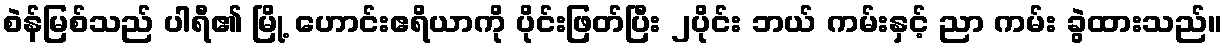
စဲန်မြစ်သည် ပါရီ၏ မြို့ ဟောင်းဧရိယာကို ပိုင်းဖြတ်ပြီး ၂ပိုင်း ဘယ် ကမ်းနှင့် ညာ ကမ်း ခွဲထားသည်။